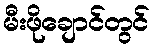
မီးဖိုချောင်တွင်